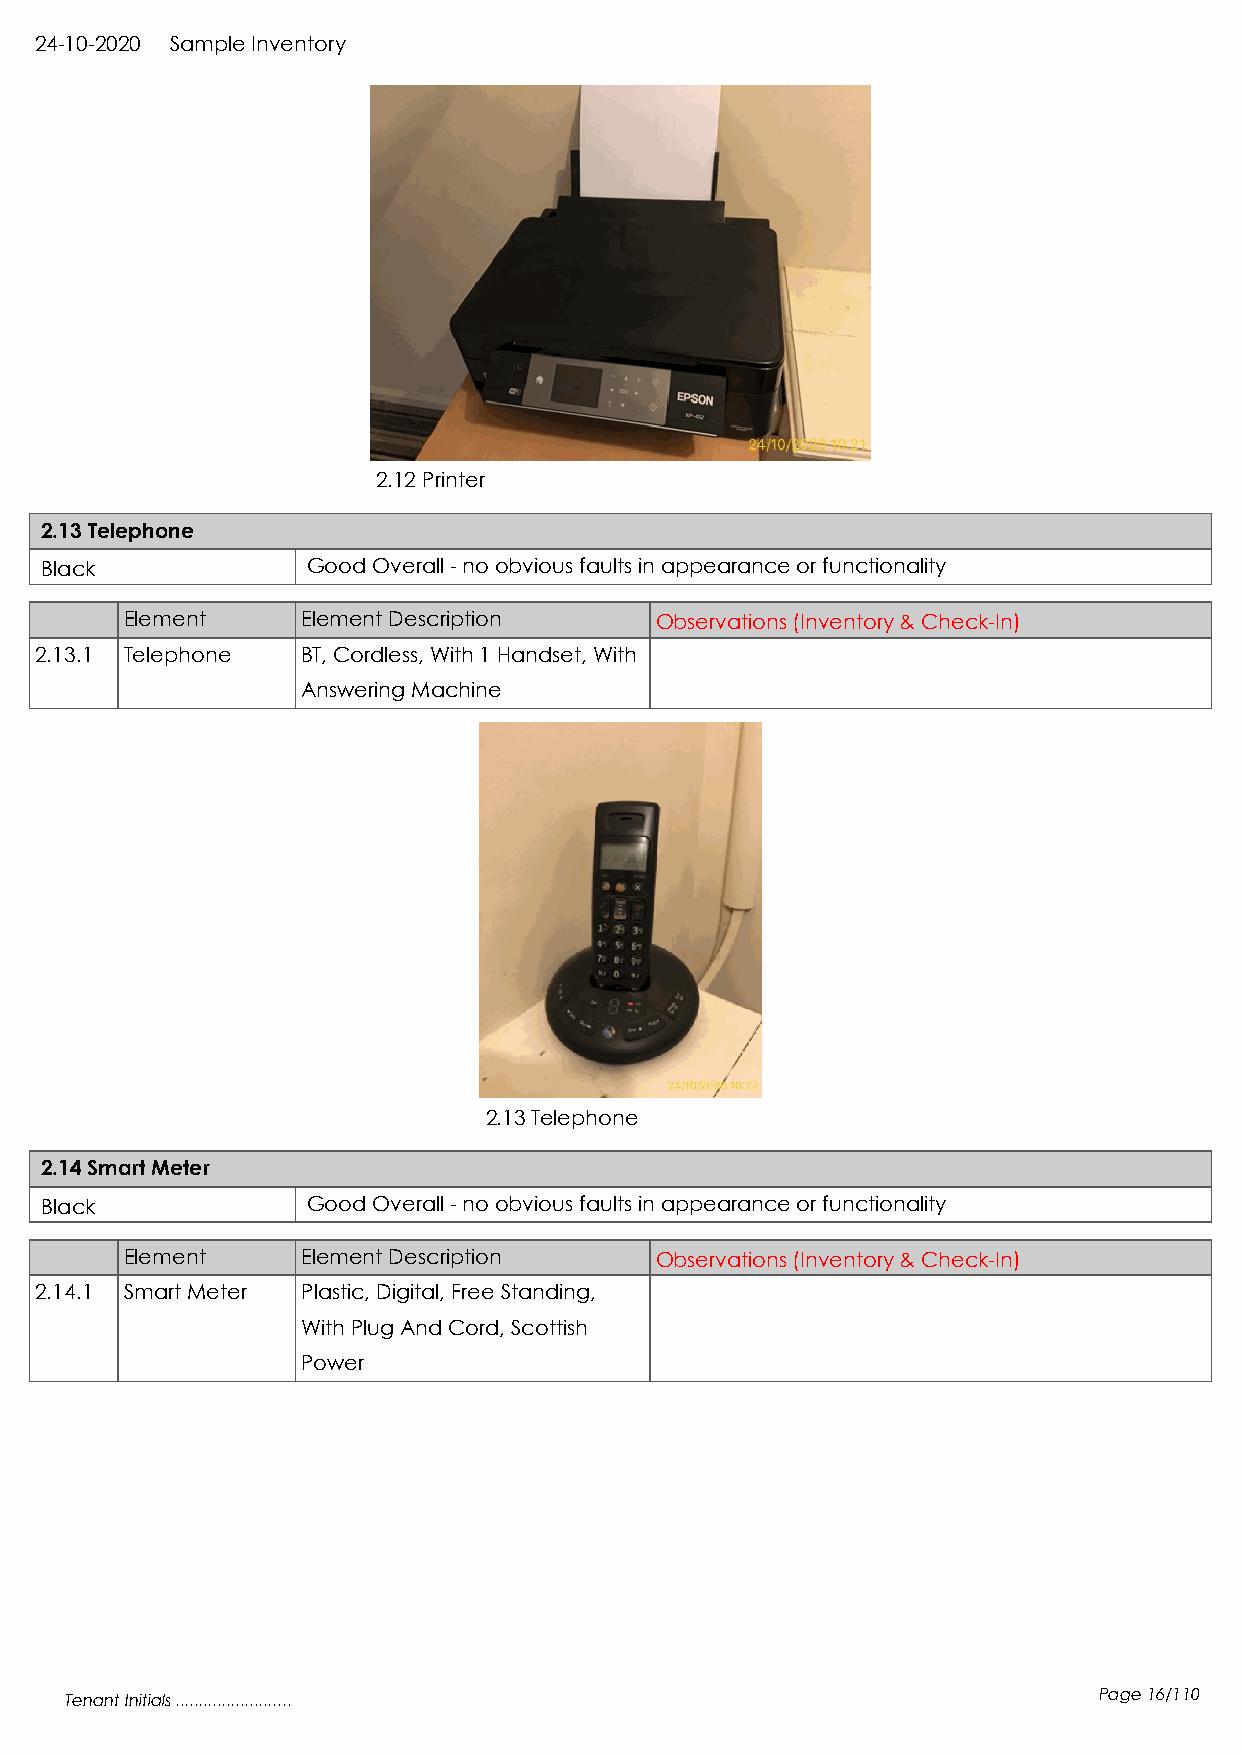
24-10-2020 Sample Inventory
 2.12 Printer
 2.13 Telephone
 Black            Good Overall - no obvious faults in appearance or functionality
 Element     Element Description    Observations (Inventory & Check-In)
 2.13.1 Telephone  BT, Cordless, With 1 Handset, With
 Answering Machine
 2.13 Telephone
 2.14 Smart Meter
 Black            Good Overall - no obvious faults in appearance or functionality
 Element     Element Description    Observations (Inventory & Check-In)
 2.14.1 Smart Meter Plastic, Digital, Free Standing,
 With Plug And Cord, Scottish
 Power
 Tenant Initials .........................                            Page 16/110